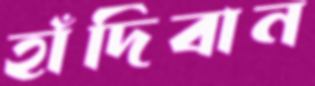
হাঁদিবান